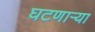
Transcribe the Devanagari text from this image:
घटणाऱ्या